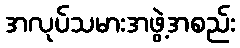
အလုပ်သမားအဖွဲ့အစည်း